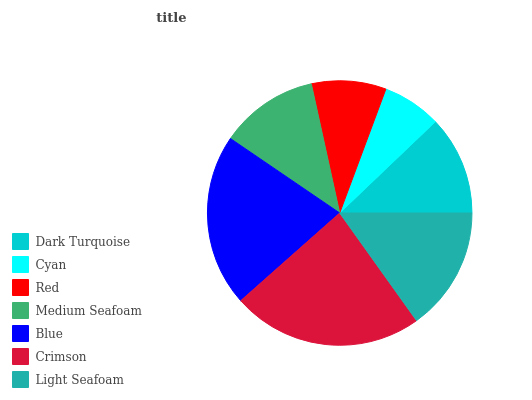
| Dark Turquoise | Cyan | Red | Medium Seafoam | Blue | Crimson | Light Seafoam |
 | --- | --- | --- | --- | --- | --- | --- |
 | 12.1% | 7.19% | 9.12% | 12% | 21% | 23.4% | 15.1% |